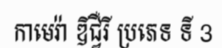
កាមេរ៉ា ឌីជ្វឺរី ប្រភេទ ទី 3